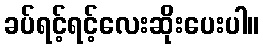
ခပ်ရင့်ရင့်လေးဆိုးပေးပါ။